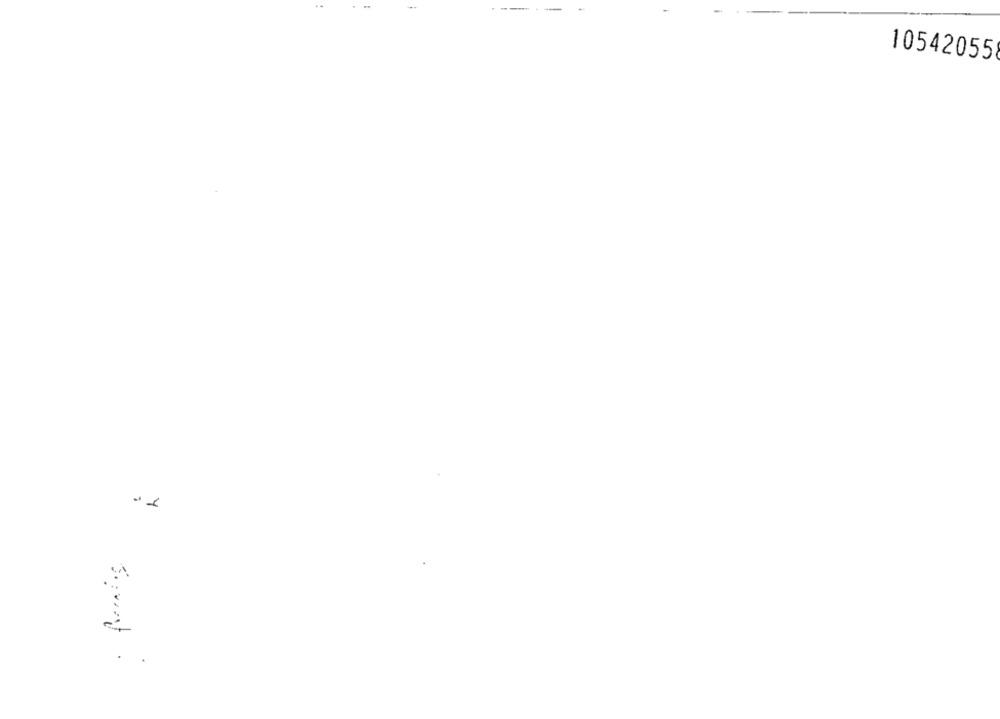
-
10542055